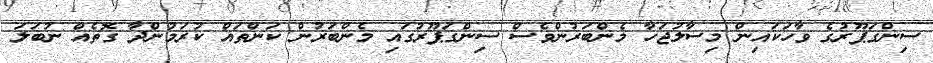
ސިންގަޕޫރުގެ ވާހަކައިން މިސާލުޖަހާ މެންބަރުންވެސް ސިންގަޕޫރުގައި މެންބަރުން ކަންތައް ކުރަމުންދާ ގޮތެއް ނުބަލަ